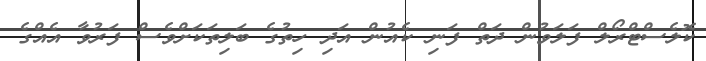
ކޮލެސްޓްރޯލް ފަލަވުން ދަތް ފަނި ކެއުން އަދި ހިތުގެ ބަލިތަކަށްވެސް ފަރުވާ އެއްގެ